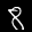
Label: 8